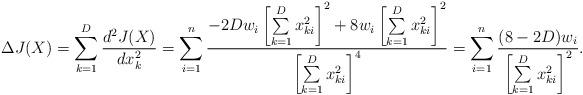
LaTeX: \begin{align*}\Delta J(X) = \sum\limits_{k=1}^D\frac{d^2J(X)}{dx_k^2}=\sum\limits_{i=1}^n\frac{-2Dw_i\left[\sum\limits_{k=1}^Dx_{ki}^2\right]^2+8w_i\left[\sum\limits_{k=1}^Dx_{ki}^2\right]^2}{\left[\sum\limits_{k=1}^Dx_{ki}^2\right]^4}=\sum\limits_{i=1}^n\frac{(8-2D)w_i}{\left[\sum\limits_{k=1}^Dx_{ki}^2\right]^2}. \end{align*}